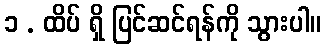
၁ . ထိပ် ရှိ ပြင်ဆင်ရန်ကို သွားပါ။